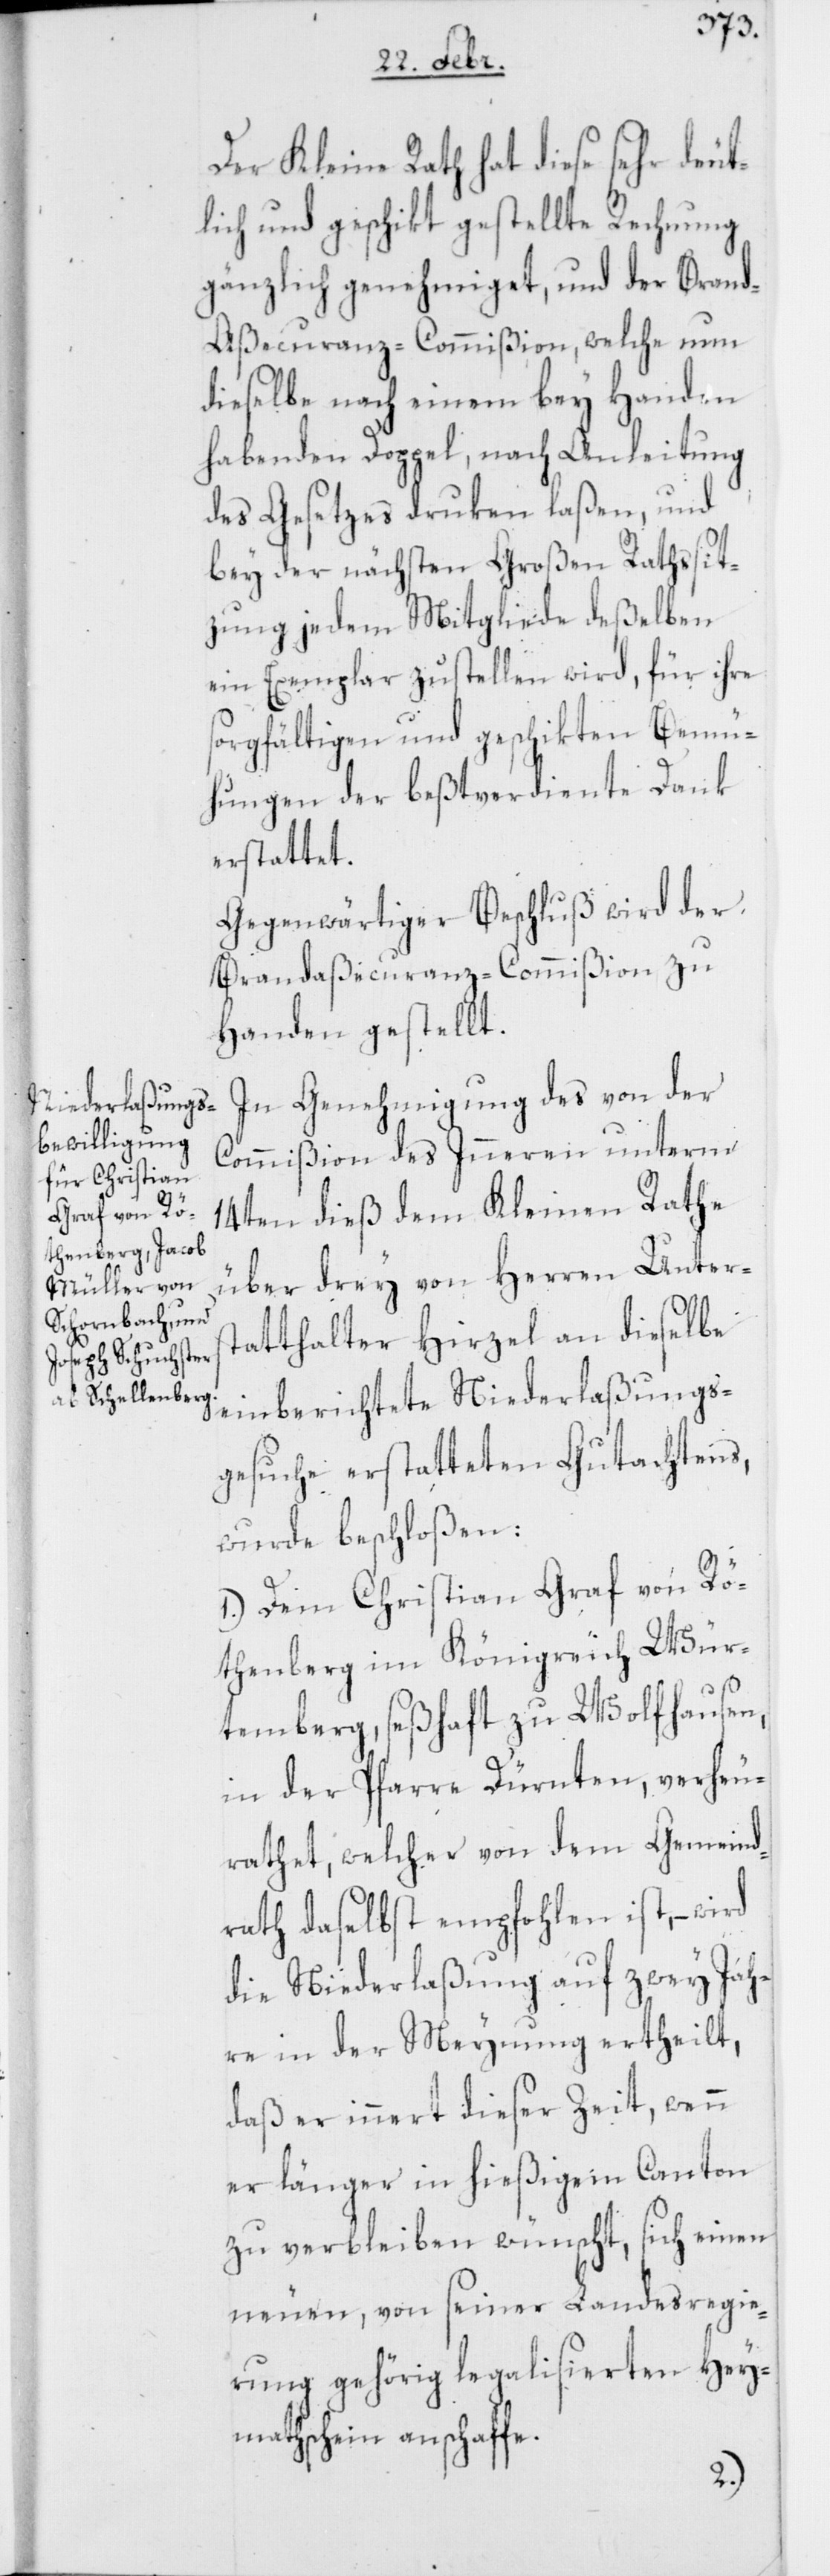
Der Kleine Rath hat diese so sehr
lich und geschikt gestellte Rechnung
gänzlich genehmiget, und der Bran¬
d-Aßecuranz-Commißion, welche um
dieselbe nach einem bey Handen
habenden Doppel, nach Anleitung
des Gesetzes druken laßen, und
bey der nächsten Großen Rathssit¬
zung jedem Mitgliede deßelben
ein Exemplar zustellen wird, für ihre
sorgfältigen und geschikten Bemü¬
hungen der bestverdiente Dank
erstattet.
Gegenwärtiger Beschluß wird der
Brandaßecuranz-Commißion zu
Handen gestellt.
In Genehmigung des von der
Commißion des Inneren unterm
14ten dieß dem Kleinen Rathe
über drey von Herren Unters¬
tatthalter Hirzel an dieselbe
einberichtete Niederlaßungs¬
gesuche erstatteten Gutachtens,
wurde beschloßen:
1.) Dem Christian Graf von Rö¬
thenberg im Königreich Wür¬
temberg, seßhaft zu Wolfhausen,
in der Pfarre Dürnten, verheu¬
rathet, welcher von dem Gemeind¬
rath daselbst empfohlen ist, –
die Niederlaßung auf zwey Jah¬
re in der Meynung ertheilt,
daß er innert dieser Zeit, wenn
er länger in hießigem Canton
zu verbleiben wünscht, sich einen
neuen, von seiner Landesregie¬
rung gehörig legalisierten Hey¬
mathschein anschaffe.
deut¬